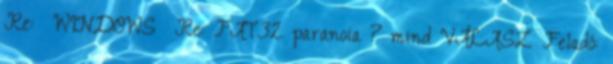
Re: WINDOWS Re: FAT32 paranoia ? mind VÁLASZ Feladó: